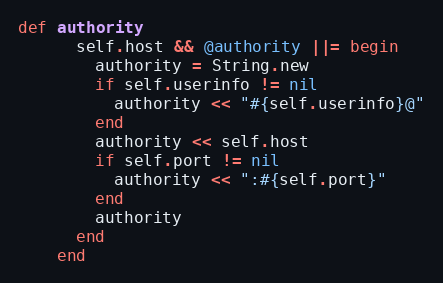
Language: Ruby
def authority
      self.host && @authority ||= begin
        authority = String.new
        if self.userinfo != nil
          authority << "#{self.userinfo}@"
        end
        authority << self.host
        if self.port != nil
          authority << ":#{self.port}"
        end
        authority
      end
    end